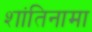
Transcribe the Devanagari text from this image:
शांतिनामा